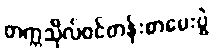
တက္ကသိုလ်ဝင်တန်းစာမေးပွဲ